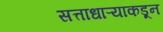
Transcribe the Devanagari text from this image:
सत्ताधाऱ्याकडून